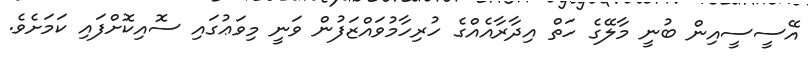
އޭސީސީއިން ބުނީ މާލޭގެ ހަތް އިދާރާއެއްގެ ހުރިހާމުވައްޒަފުން ވަނީ މިވަޢުގައި ސޮއިކޮށްފައި ކަމަށެވެ.